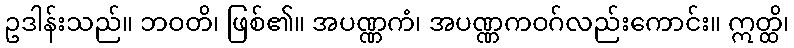
ဥဒါန်းသည်။ ဘဝတိ၊ ဖြစ်၏။ အပဏ္ဏကံ၊ အပဏ္ဏကဝဂ်လည်းကောင်း။ ဣတ္ထိ၊